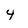
Character: 4